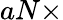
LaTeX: aN\times